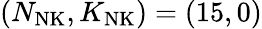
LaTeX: (N_{\mathrm{NK}},K_{\mathrm{NK}})=(15,0)